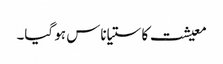
معیشت کا ستیاناس ہو گیا۔